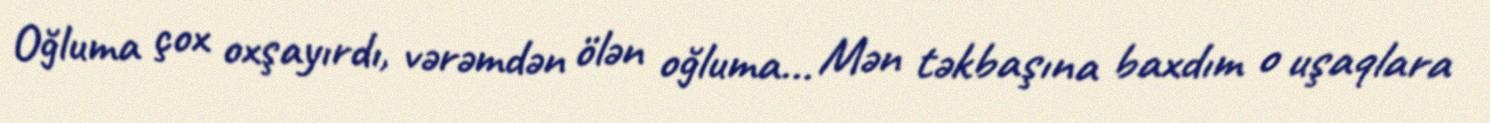
Oğluma çox oxşayırdı, vərəmdən ölən oğluma... Mən təkbaşına baxdım o uşaqlara